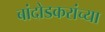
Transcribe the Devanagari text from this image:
बांदोडकरांच्या